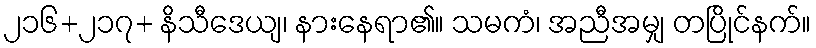
၂၁၆+၂၁၇+ နိသီဒေယျ၊ နားနေရာ၏။ သမကံ၊ အညီအမျှ တပြိုင်နက်။